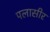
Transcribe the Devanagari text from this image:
पलासीर